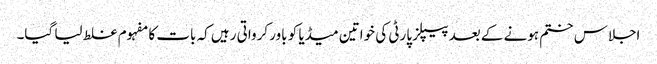
اجلاس ختم ہونے کے بعد پیپلز پارٹی کی خواتین میڈیا کو باور کرواتی رہیں کہ بات کا مفہوم غلط لیا گیا۔